Scottish Leaving Certificate Examination, 1958
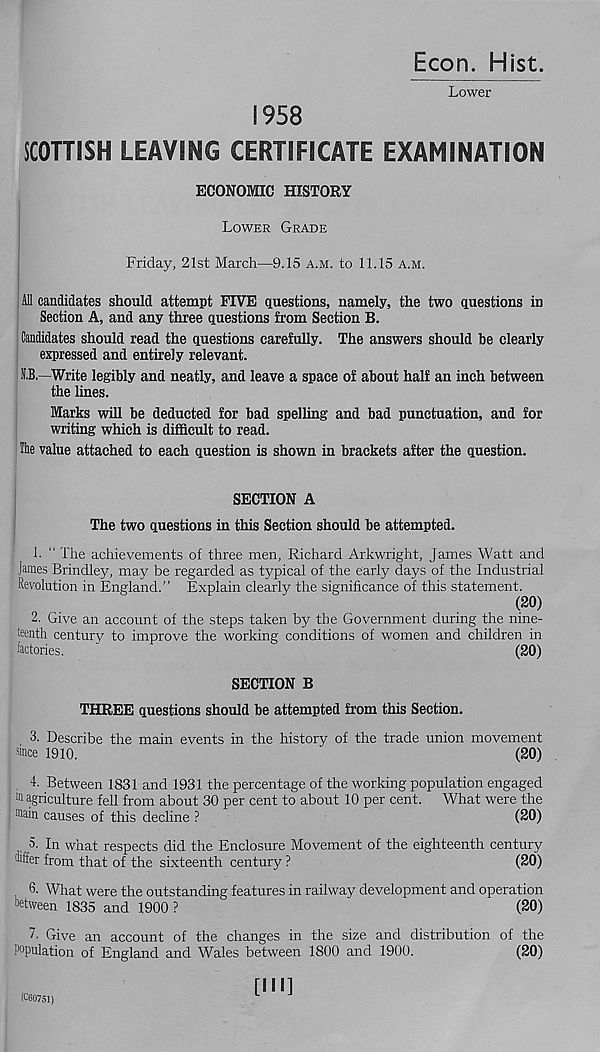
Econ. Hist.
Lower
1958
SCOTTISH LEAVING CERTIFICATE EXAMINATION
ECONOMIC HISTORY
Lower Grade
Friday, 21st March—9.15 a.m. to 11.15 a.m.
All candidates should attempt FIVE ciuestions, namely, the two questions in
Section A, and any three questions from Section B.
Candidates should read the questions carefully. The answers should be clearly
expressed and entirely relevant.
N.B.—Write legibly and neatly, and leave a space of about half an inch between
the lines.
Marks will be deducted for bad spelling and bad punctuation, and for
writing which is difficult to read.
Hie value attached to each question is shown in brackets after the question.
SECTION A
The two questions in this Section should be attempted.
1- “ The achievements of three men, Richard Arkwright, James Watt and
James Brindley, may be regarded as typical of the early days of the Industrial
Revolution in England.” Explain clearly the significance of this statement.
(20)
2. Give an account of the steps taken by the Government during the nine-
teenth century to improve the working conditions of women and children in
factories.
'
(20)
SECTION B
THREE questions should be attempted from this Section.
3. Describe the main events in the history of the trade union movement
since 1910.
(20)
. 4. Between 1831 and 1931 the percentage of the working population engaged
111 agriculture fell from about 30 per cent to about 10 per cent. What were the
main causes of this decline ?
(20)
5- In what respects did the Enclosure Movement of the eighteenth century
tliffer from that of the sixteenth century ?
(20)
6. What were the outstanding features in railway development and operation
between 1835 and 1900?
(20)
7 - Give an account of the changes in the size and distribution of the
Population of England and Wales between 1800 and 1900.
(20)
[HI]
(C60751)